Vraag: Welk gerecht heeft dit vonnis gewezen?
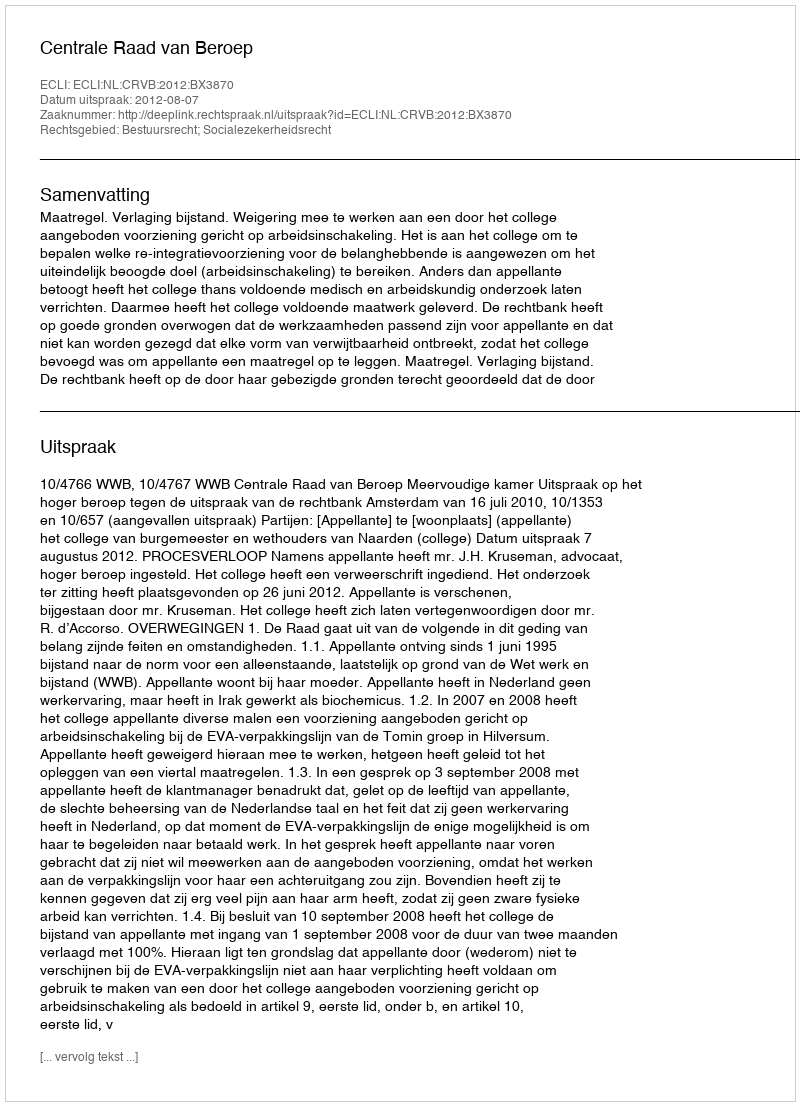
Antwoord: Centrale Raad van Beroep